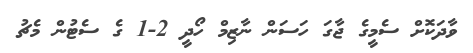
ވާދަކޮށް ސެމީގެ ޖާގަ ހަސަން ނާޒިމް ހޯދީ 2-1 ގެ ސެޓުން މެޗު